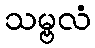
သမ္ဗလံ